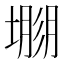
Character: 𡐐